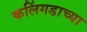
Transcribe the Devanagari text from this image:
कलिंगडाच्या